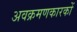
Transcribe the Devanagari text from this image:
अवक्रमणकारकों